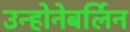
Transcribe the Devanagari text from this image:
उन्होनेबर्लिन